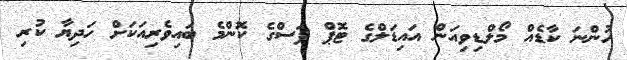
ހުންނަ ކާޑެއް މޯލްޑިވިއަން އައިޑަލްގެ ޓޮޕް ފަސްގެ ކޮންމެ ބައިވެރިއަކަށް ހަދިޔާ ކުރި